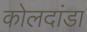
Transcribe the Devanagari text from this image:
कोलदांडा